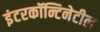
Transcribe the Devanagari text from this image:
इंटरकॉन्टिनेटील